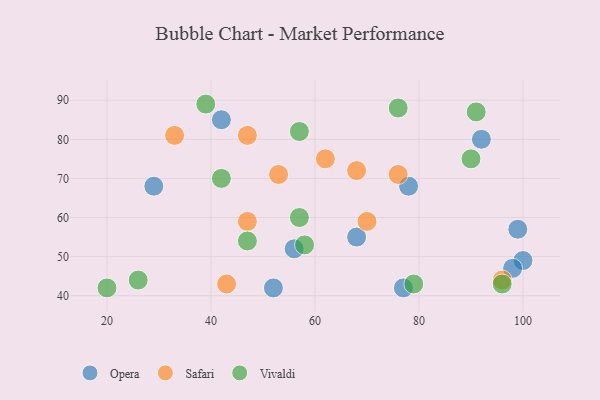
{"axis": {"x": "GDP", "y": "Life Expectancy"}, "legend": ["Opera", "Safari", "Vivaldi"], "data": [{"x": "100", "y": 49, "type": "Opera"}, {"x": "29", "y": 68, "type": "Opera"}, {"x": "56", "y": 52, "type": "Opera"}, {"x": "42", "y": 85, "type": "Opera"}, {"x": "68", "y": 55, "type": "Opera"}, {"x": "92", "y": 80, "type": "Opera"}, {"x": "99", "y": 57, "type": "Opera"}, {"x": "98", "y": 47, "type": "Opera"}, {"x": "78", "y": 68, "type": "Opera"}, {"x": "52", "y": 42, "type": "Opera"}, {"x": "77", "y": 42, "type": "Opera"}, {"x": "96", "y": 44, "type": "Safari"}, {"x": "53", "y": 71, "type": "Safari"}, {"x": "76", "y": 71, "type": "Safari"}, {"x": "47", "y": 81, "type": "Safari"}, {"x": "43", "y": 43, "type": "Safari"}, {"x": "70", "y": 59, "type": "Safari"}, {"x": "62", "y": 75, "type": "Safari"}, {"x": "33", "y": 81, "type": "Safari"}, {"x": "68", "y": 72, "type": "Safari"}, {"x": "47", "y": 59, "type": "Safari"}, {"x": "58", "y": 53, "type": "Vivaldi"}, {"x": "42", "y": 70, "type": "Vivaldi"}, {"x": "79", "y": 43, "type": "Vivaldi"}, {"x": "20", "y": 42, "type": "Vivaldi"}, {"x": "57", "y": 82, "type": "Vivaldi"}, {"x": "47", "y": 54, "type": "Vivaldi"}, {"x": "26", "y": 44, "type": "Vivaldi"}, {"x": "76", "y": 88, "type": "Vivaldi"}, {"x": "90", "y": 75, "type": "Vivaldi"}, {"x": "57", "y": 60, "type": "Vivaldi"}, {"x": "39", "y": 89, "type": "Vivaldi"}, {"x": "91", "y": 87, "type": "Vivaldi"}, {"x": "96", "y": 43, "type": "Vivaldi"}]}